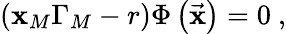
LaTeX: \left(\mathbf{x}_{M}\Gamma_{M}-r\right)\Phi\left(\vec{{\mathbf{x}}}\right)=0\ ,